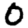
Digit: 0